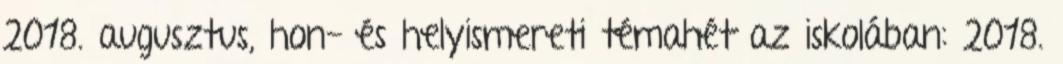
2018. augusztus, hon- és helyismereti témahét az iskolában: 2018.